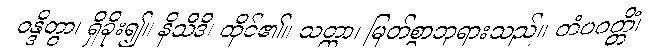
ဝန္ဒိတွာ၊ ရှိခိုး၍။ နိသီဒိ၊ ထိုင်၏။ သတ္ထာ၊ မြတ်စွာဘုရားသည်။ တံပဝတ္တိံ၊